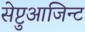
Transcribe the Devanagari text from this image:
सेप्टुआजिन्ट